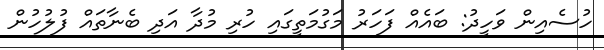
ހުސެއިން ވަހީދު: ބައެއް ފަހަރު މަގުމަތީގައި ހުރި މުދާ އަދި ބެނާތައް ފުލުހުން